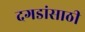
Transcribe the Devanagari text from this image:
दगडांसाठी